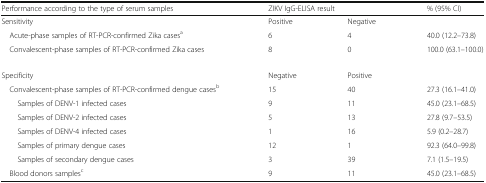
<table><thead><tr><td><b>Performance according to the type of serum samples</b></td><td colspan="2"><b>ZIKV IgG-ELISA result</b></td><td><b>% (95% CI)</b></td></tr></thead><tbody><tr><td>Sensitivity</td><td>Positive</td><td>Negative</td><td></td></tr><tr><td> Acute-phase samples of RT-PCR-confirmed Zika cases<sup>a</sup></td><td>6</td><td>4</td><td>40.0 (12.2–73.8)</td></tr><tr><td> Convalescent-phase samples of RT-PCR-confirmed Zika cases</td><td>8</td><td>0</td><td>100.0 (63.1–100.0)</td></tr><tr><td>Specificity</td><td>Negative</td><td>Positive</td><td></td></tr><tr><td> Convalescent-phase samples of RT-PCR-confirmed dengue cases<sup>b</sup></td><td>15</td><td>40</td><td>27.3 (16.1–41.0)</td></tr><tr><td>Samples of DENV-1 infected cases</td><td>9</td><td>11</td><td>45.0 (23.1–68.5)</td></tr><tr><td>Samples of DENV-2 infected cases</td><td>5</td><td>13</td><td>27.8 (9.7–53.5)</td></tr><tr><td>Samples of DENV-4 infected cases</td><td>1</td><td>16</td><td>5.9 (0.2–28.7)</td></tr><tr><td>Samples of primary dengue cases</td><td>12</td><td>1</td><td>92.3 (64.0–99.8)</td></tr><tr><td>Samples of secondary dengue cases</td><td>3</td><td>39</td><td>7.1 (1.5–19.5)</td></tr><tr><td> Blood donors samples<sup>c</sup></td><td>9</td><td>11</td><td>45.0 (23.1–68.5)</td></tr></tbody></table>